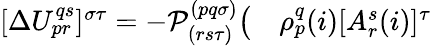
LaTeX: \begin{array}{rl}{[\Delta U_{pr}^{qs}]^{\sigma\tau}=-\mathcal P_{(rs\tau)}^{(pq\sigma)}\big(}&{{}\rho_{p}^{q}(i)[A_{r}^{s}(i)]^{\tau}}\end{array}